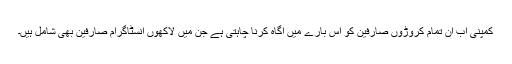
کمپنی اب ان تمام کروڑوں صارفین کو اس بارے میں آگاہ کرنا چاہتی ہے جن میں لاکھوں انسٹاگرام صارفین بھی شامل ہیں۔